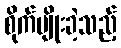
စိုက်ပျိုးခဲ့သည့်